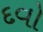
દવો